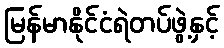
မြန်မာနိုင်ငံရဲတပ်ဖွဲ့နှင့်